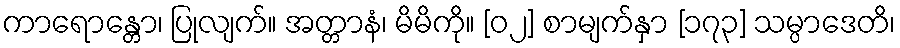
ကာရောန္တော၊ ပြုလျက်။ အတ္တာနံ၊ မိမိကို။ [၀၂] စာမျက်နှာ [၁၇၃] သမ္ပာဒေတိ၊